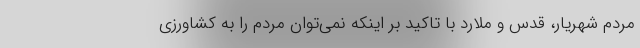
مردم شهریار، قدس و ملارد با تاکید بر اینکه نمی‌توان مردم را به کشاورزی